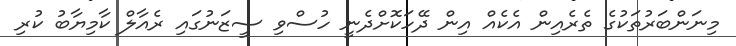
މިނަންބަރުތަކުގެ ތެރެއިން އެކެއް އިން ދޭހަކޮށްދެނީ ހުސްވި ސީޒަނުގައި ރެއާލް ކާމިޔާބު ކުރި